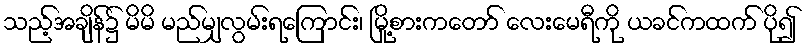
သည့်အချိန်၌ မိမိ မည်မျှလွမ်းရကြောင်း၊ မြို့စားကတော် လေးမေရီကို ယခင်ကထက် ပို၍